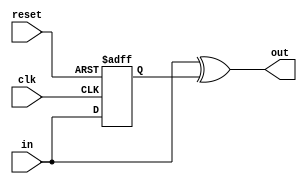
module toggle2pulse(
   out,
   clk, in, reset
   );
   input  clk; 
   input  in;   
   output out;
   input  reset;
   reg 	  out_reg;
   always @ (posedge clk or posedge reset)
     if(reset)
       out_reg <= 1'b0;
     else
       out_reg <= in;
   assign out = in ^ out_reg;
endmodule